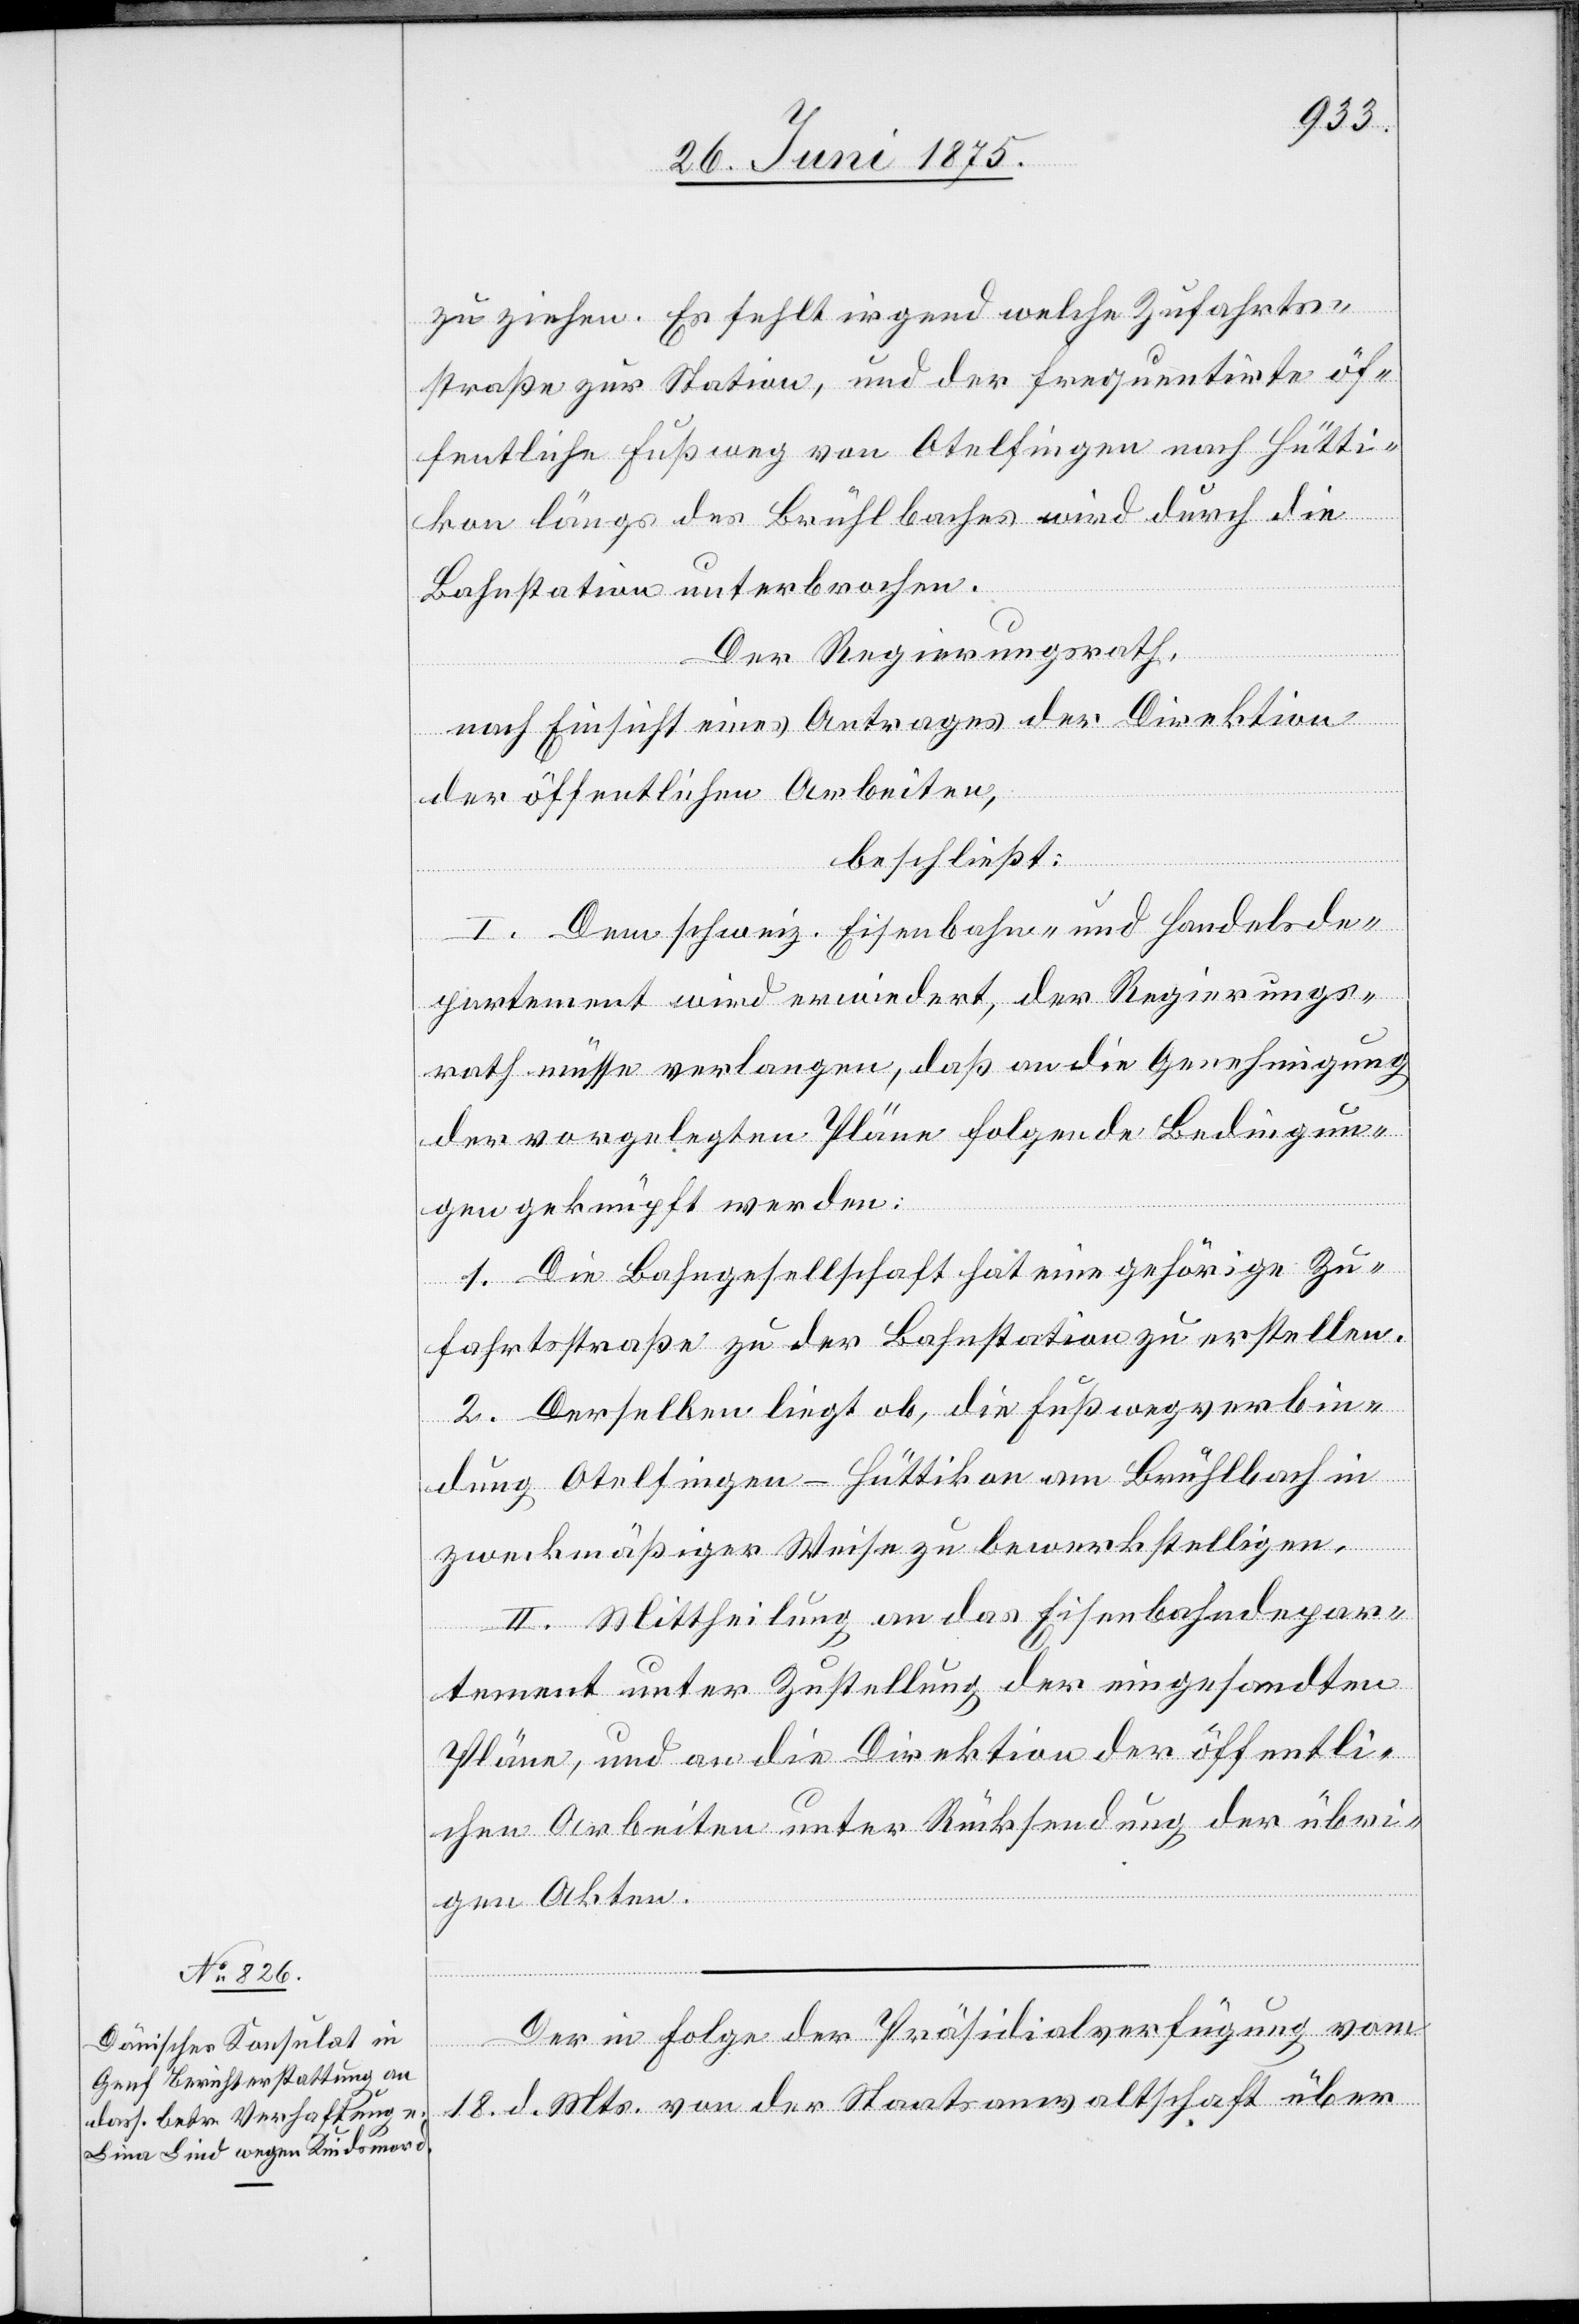
zu ziehen. Es fehlt irgend welche Zufahrts¬
straße zur Station, und der frequentirte öf¬
fentliche Fußweg von Otelfingen nach Hütti¬
kon längs des Brühlbaches wird durch die
Bahnstation unterbrochen.
Der Regierungsrath,
nach Einsicht eines Antrages der Direktion
der öffentlichen Arbeiten,
beschließt:
I. Dem schweiz. Eisenbahn- und Handelsde¬
partement wird erwiedert, der Regierungs¬
rath müsse verlangen, daß an die Genehmigung
der vorgelegten Pläne folgende Bedingun¬
gen geknüpft werden:
1. Die Bahngesellschaft hat eine gehörige Zu¬
fahrtsstraße zu der Bahnstation zu erstellen.
2. Derselben liegt ob, die Fußwegverbin¬
dungen Otelfingen–Hüttikon am Brühlbach in
zweckmäßiger Weise zu bewerkstelligen.
II. Mittheilung an das Eisenbahndepar¬
tement unter Zustellung der eingesandten
Pläne, und an die Direktion der öffentli¬
chen Arbeiten unter Rücksendung der übri¬
gen Akten.
Der in Folge der Präsidialverfügung vom
18. d. Mts. von der Staatsanwaltschaft über